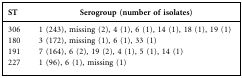
| ST | Serogroup (number of isolates) |
 | --- | --- |
 | 306 | 1 (243), missing (2), 4 (1), 6 (1), 14 (1), 18 (1), 19 (1) |
 | 180 | 3 (172), missing (1), 6 (1), 33 (1) |
 | 191 | 7 (164), 6 (2), 19 (2), 4 (1), 5 (1), 14 (1) |
 | 227 | 1 (96), 6 (1), missing (1) |